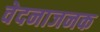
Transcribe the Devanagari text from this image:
वेदनाजनक